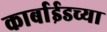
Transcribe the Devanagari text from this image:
कार्बाईडच्या